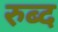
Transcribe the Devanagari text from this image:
रुब्द